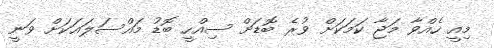
މިއީ ހެއްވާ މަޖާ ކަމަކަށް ވުރެ ބޮޑަށް ސިއްހީ ބޮޑު މައްސަލައަކަށް ވަނީ